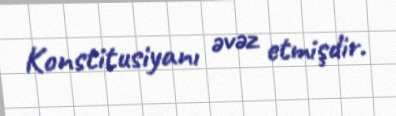
Konstitusiyanı əvəz etmişdir.